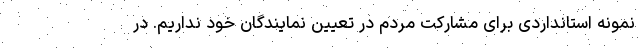
نمونه استانداردی برای مشارکت مردم در تعیین نمایندگان خود نداریم. در